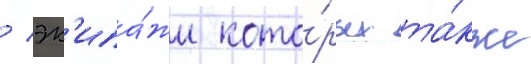
/ эк'ипа́жи кото́рых та́кже